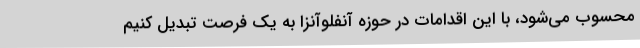
محسوب می‌شود، با این اقدامات در حوزه آنفلوآنزا به یک فرصت تبدیل کنیم